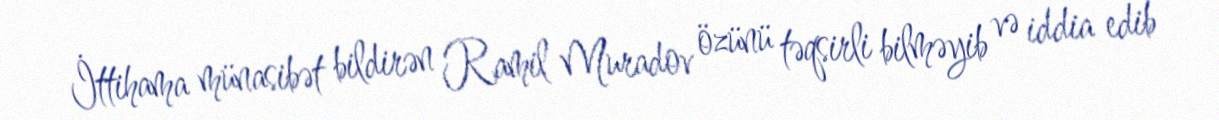
İttihama münasibət bildirən Ramil Muradov özünü təqsirli bilməyib və iddia edib